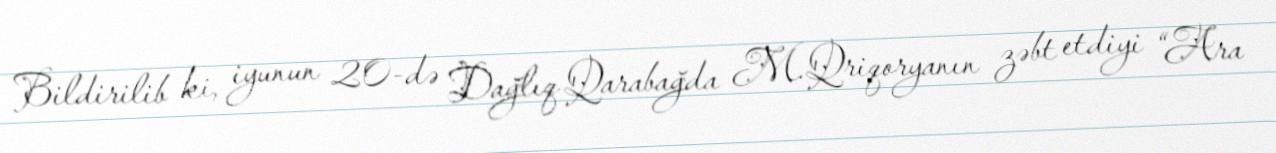
Bildirilib ki, iyunun 20-də Dağlıq Qarabağda M.Qriqoryanın zəbt etdiyi “Ara